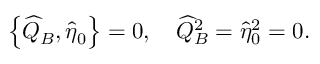
\left\{ \widehat { Q } _ { B } , \widehat { \eta } _ { 0 } \right\} = 0 , \quad \widehat { Q } _ { B } ^ { 2 } = \widehat { \eta } _ { 0 } ^ { 2 } = 0 .